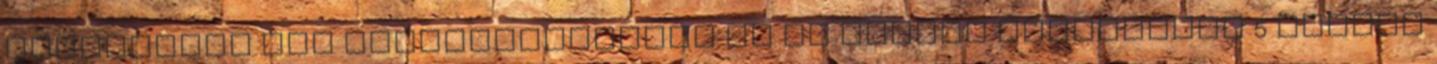
harcoltunk egy hitelintézettel és az állami szervekkel 5 millió